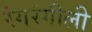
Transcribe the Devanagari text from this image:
रंगरंगीली